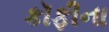
કૉફીના